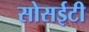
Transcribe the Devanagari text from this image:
सोसईटी